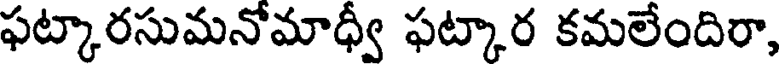
ఫట్కారసుమనోమాధ్వీ ఫట్కార కమలేందిరా,